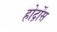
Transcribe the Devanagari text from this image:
होर्द़ोस